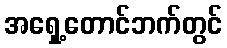
အရှေ့တောင်ဘက်တွင်